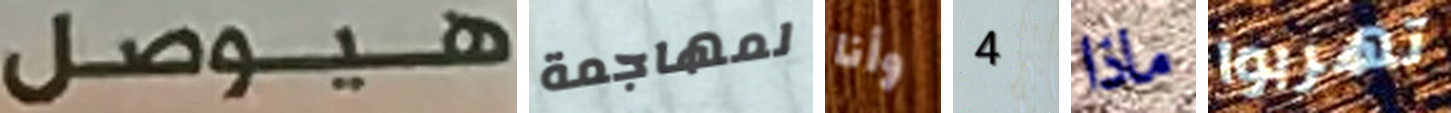
هيوصل لمهاجمة وأنا 4 ماذا تهربوا